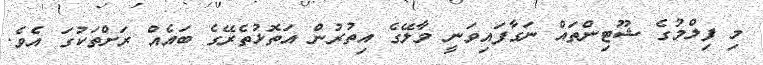
މި ފިލްމުގެ ޝޫޓިންތައް ނަގާފައިވަނީ މާލޭގެ އިތުރުން އަތޮޅުތެރޭގެ ބައެއް ރަށްތަކުގަ އެވެ.